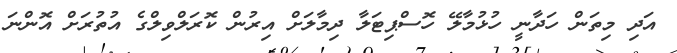
އަދި މިތަން ހަދާނީ ހުޅުމާލޭ ހޮސްޕިޓަލާ ދިމާލަށް އިރުން ކޮރަލްވިލްގެ އުތުރަށް އޮންނަ